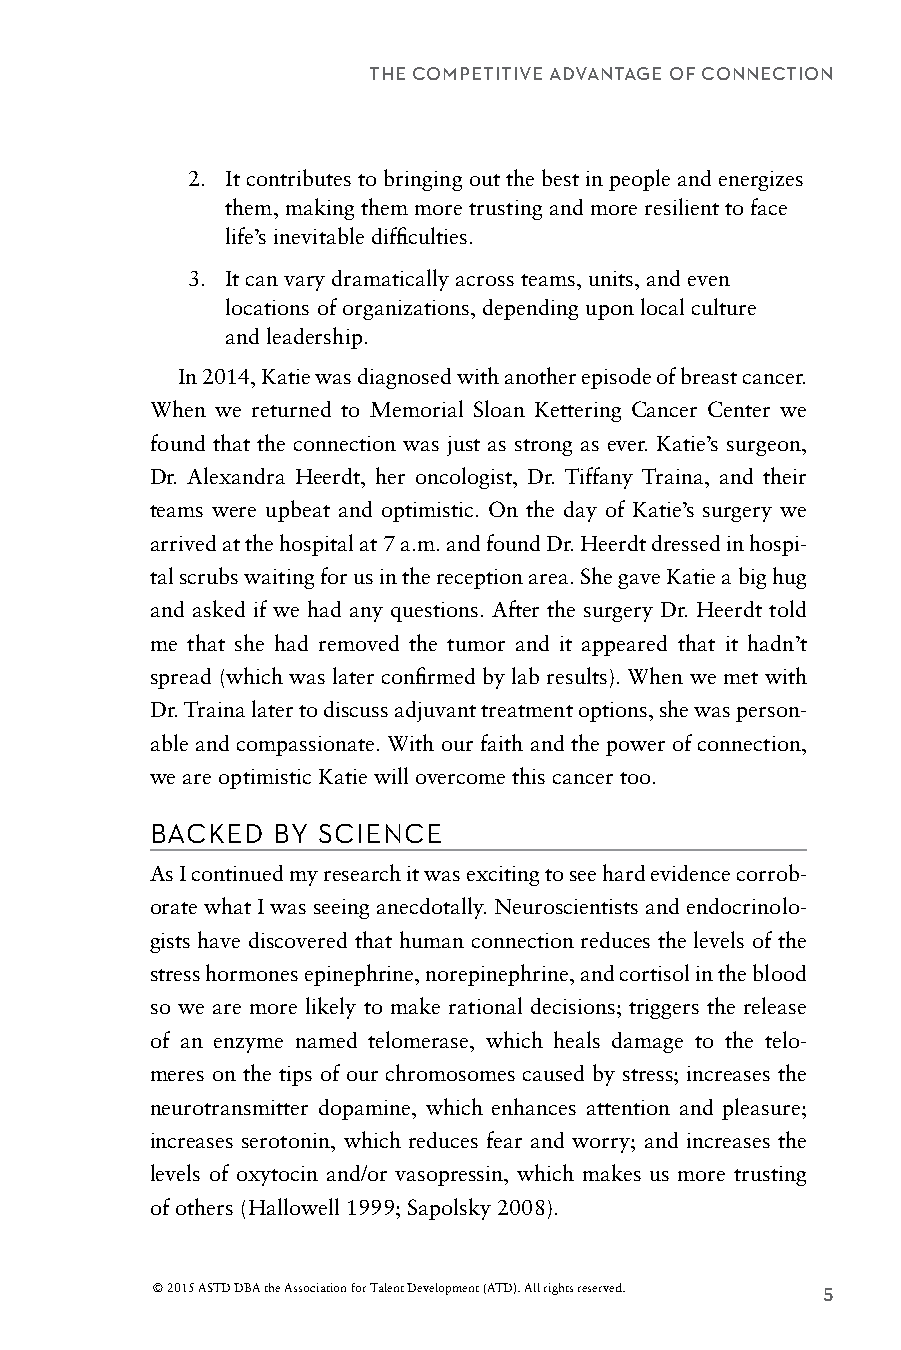
THE COMPETITIVE ADVANTAGE OF CONNECTION
 2. It contributes to bringing out the best in people and energizes
 them, making them more trusting and more resilient to face
 life’s inevitable difficulties.
 3. It can vary dramatically across teams, units, and even
 locations of organizations, depending upon local culture
 and leadership.
 In 2014, Katie was diagnosed with another episode of breast cancer.
 When we returned to Memorial Sloan Kettering Cancer Center we
 found that the connection was just as strong as ever. Katie’s surgeon,
 Dr. Alexandra Heerdt, her oncologist, Dr. Tiffany Traina, and their
 teams were upbeat and optimistic. On the day of Katie’s surgery we
 arrived at the hospital at 7 a.m. and found Dr. Heerdt dressed in hospi-
 tal scrubs waiting for us in the reception area. She gave Katie a big hug
 and asked if we had any questions. After the surgery Dr. Heerdt told
 me that she had removed the tumor and it appeared that it hadn’t
 spread (which was later confirmed by lab results). When we met with
 Dr. Traina later to discuss adjuvant treatment options, she was person-
 able and compassionate. With our faith and the power of connection,
 we are optimistic Katie will overcome this cancer too.
 BACKED  BY SCIENCE
 As I continued my research it was exciting to see hard evidence corrob-
 orate what I was seeing anecdotally. Neuroscientists and endocrinolo-
 gists have discovered that human connection reduces the levels of the
 stress hormones epinephrine, norepinephrine, and cortisol in the blood
 so we are more likely to make rational decisions; triggers the release
 of an enzyme named telomerase, which heals damage to the telo-
 meres on the tips of our chromosomes caused by stress; increases the
 neurotransmitter dopamine, which enhances attention and pleasure;
 increases serotonin, which reduces fear and worry; and increases the
 levels of oxytocin and/or vasopressin, which makes us more trusting
 of others (Hallowell 1999; Sapolsky 2008).
 © 2015 ASTD DBA the Association for Talent Development (ATD). All rights reserved. 5